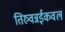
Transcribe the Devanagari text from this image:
तिरुवन्नईकवल